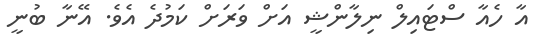
އާ ހެއާ ސްޓައިލް ނިލާންޝީ އަށް ވަރަށް ކަމުދެ އެވެ. އޭނާ ބުނީ